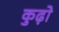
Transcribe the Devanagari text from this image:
कुढ़ो